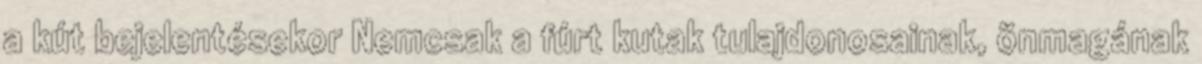
a kút bejelentésekor Nemcsak a fúrt kutak tulajdonosainak, önmagának